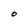
Character: O